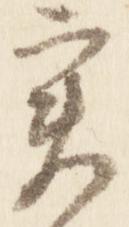
実